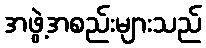
အဖွဲ့အစည်းများသည်